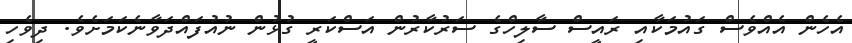
އެހެން އެއްވެސް ގައުމަކާއި ރައީސް ސާލިހްގެ ސަރުކާރުން އަސްކަރީ ގުޅުން ނުއުފައްދަވާނެކަމަށެވެ. ދިވެހި